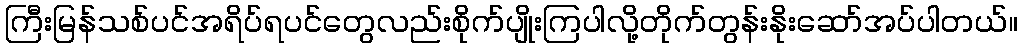
ကြီးမြန်သစ်ပင်အရိပ်ရပင်တွေလည်းစိုက်ပျိုးကြပါလို့တိုက်တွန်းနိုးဆော်အပ်ပါတယ်။